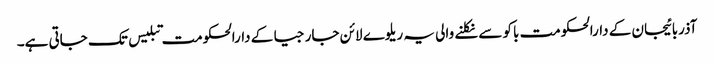
آذربائیجان کے دارالحکومت باکو سے نکلنے والی یہ ریلوے لائن جارجیا کے دارالحکومت تبلیس تک جاتی ہے۔